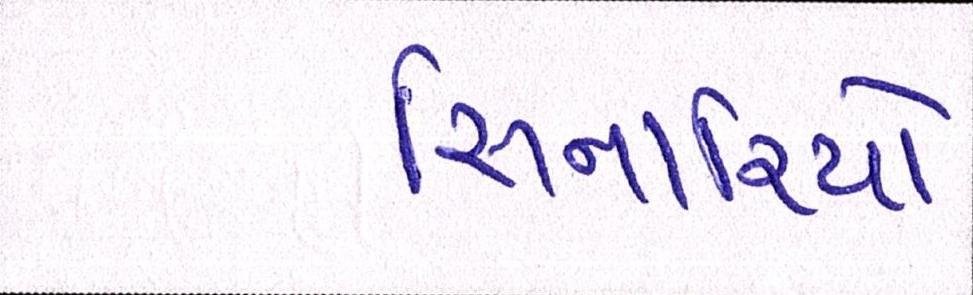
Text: સિનારિયો